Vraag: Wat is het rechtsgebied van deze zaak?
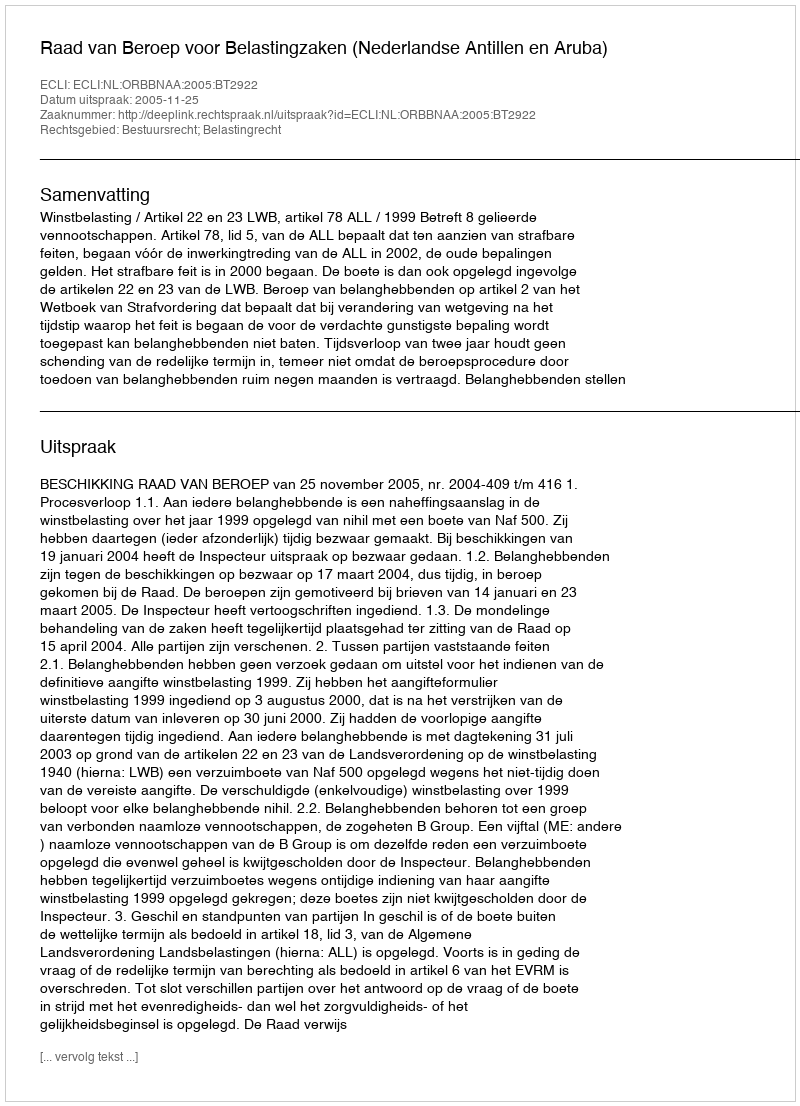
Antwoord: Bestuursrecht; Belastingrecht